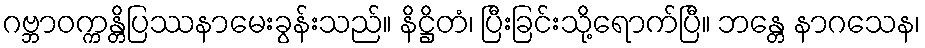
ဂဗ္ဘာဝက္ကန္တိပြဿနာမေးခွန်းသည်။ နိဋ္ဌိတံ၊ ပြီးခြင်းသို့ရောက်ပြီ။ ဘန္တေ နာဂသေန၊